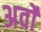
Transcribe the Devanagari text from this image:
अर्वो